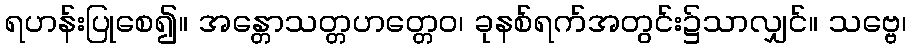
ရဟန်းပြုစေ၍။ အန္တောသတ္တဟတ္တေဝ၊ ခုနစ်ရက်အတွင်း၌သာလျှင်။ သဗ္ဗေ၊